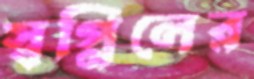
স্বপ্নিলের